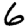
Digit: 6